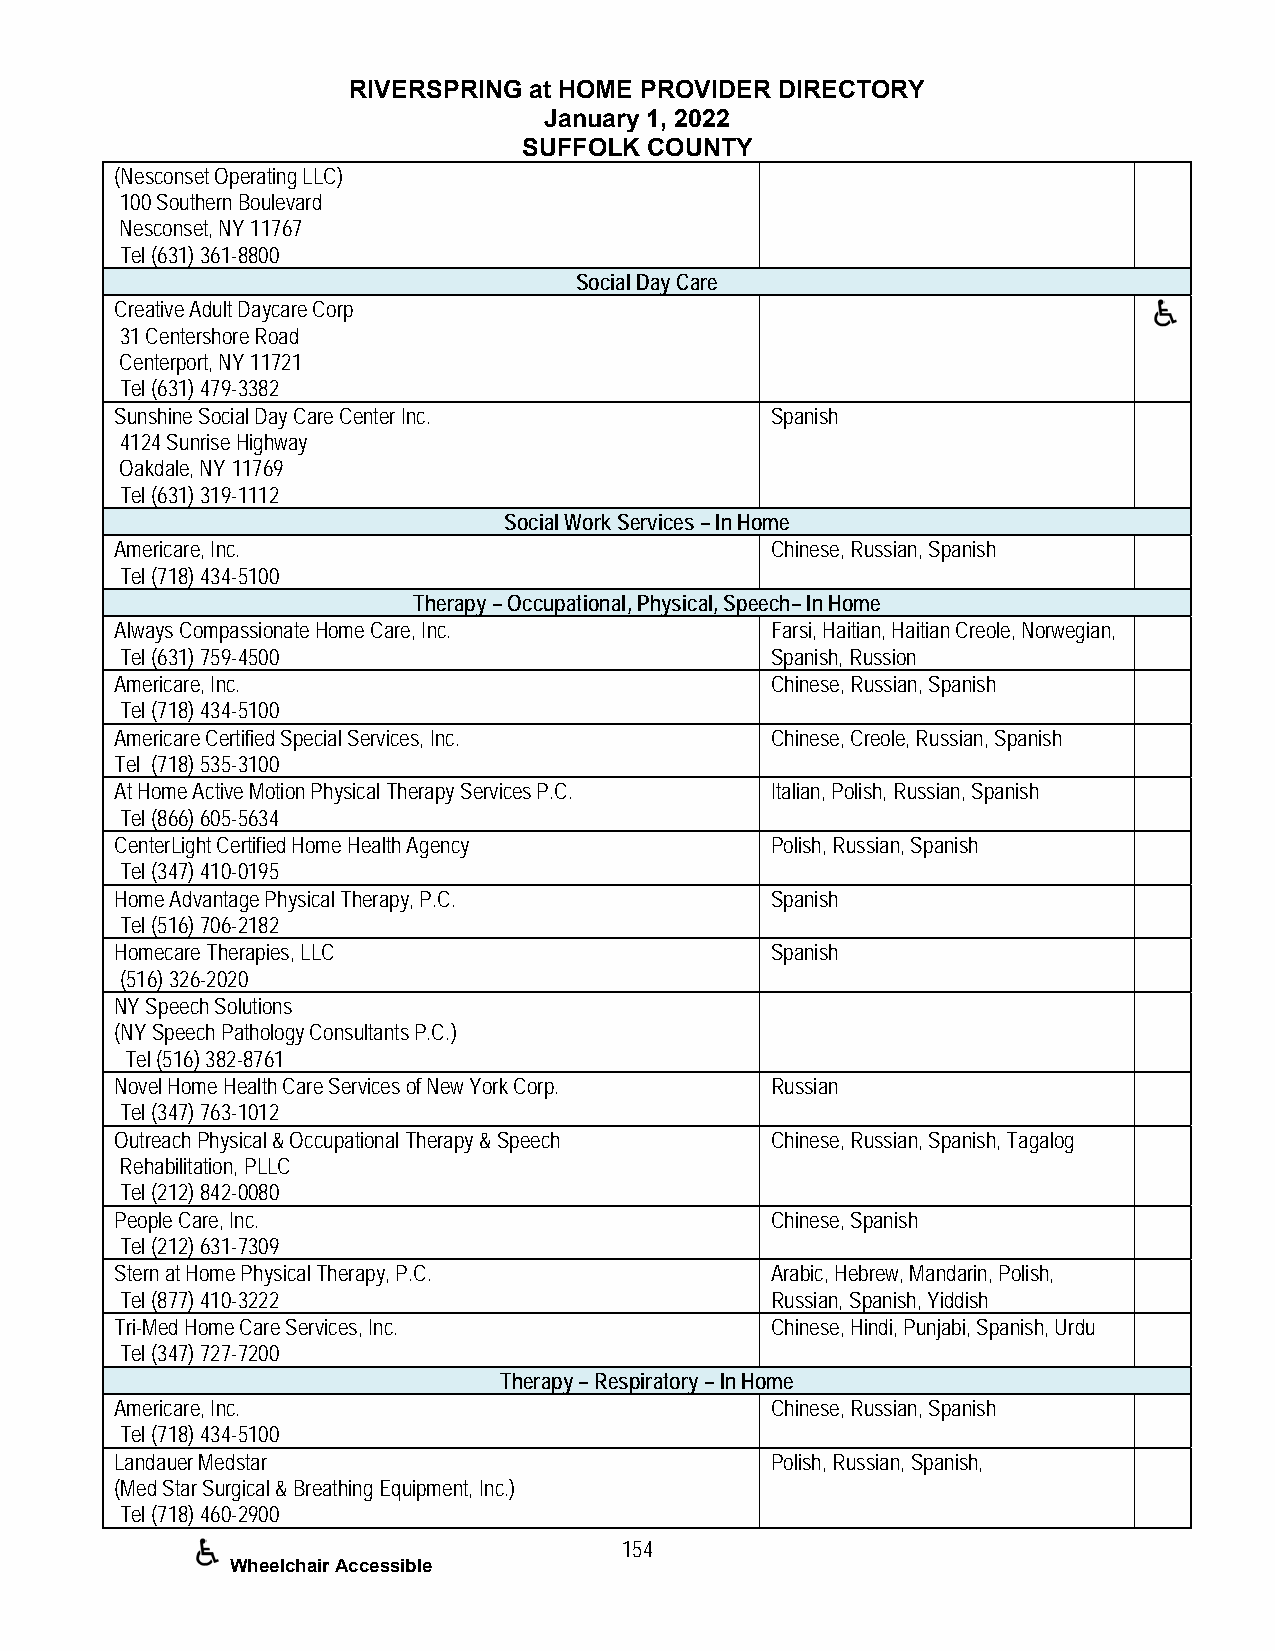
RIVERSPRING at HOME PROVIDER DIRECTORY
 January 1, 2022
 SUFFOLK COUNTY
 (Nesconset Operating LLC)
 100 Southern Boulevard
 Nesconset, NY 11767
 Tel (631) 361-8800
 Social Day Care
 Creative Adult Daycare Corp
 31 Centershore Road
 Centerport, NY 11721
 Tel (631) 479-3382
 Sunshine Social Day Care Center Inc.       Spanish
 4124 Sunrise Highway
 Oakdale, NY 11769
 Tel (631) 319-1112
 Social Work Services – In Home
 Americare, Inc.                            Chinese, Russian, Spanish
 Tel (718) 434-5100
 Therapy – Occupational, Physical, Speech– In Home
 Always Compassionate Home Care, Inc.       Farsi, Haitian, Haitian Creole, Norwegian,
 Tel (631) 759-4500                         Spanish, Russion
 Americare, Inc.                            Chinese, Russian, Spanish
 Tel (718) 434-5100
 Americare Certified Special Services, Inc. Chinese, Creole, Russian, Spanish
 Tel (718) 535-3100
 At Home Active Motion Physical Therapy Services P.C. Italian, Polish, Russian, Spanish
 Tel (866) 605-5634
 CenterLight Certified Home Health Agency   Polish, Russian, Spanish
 Tel (347) 410-0195
 Home Advantage Physical Therapy, P.C.      Spanish
 Tel (516) 706-2182
 Homecare Therapies, LLC                    Spanish
 (516) 326-2020
 NY Speech Solutions
 (NY Speech Pathology Consultants P.C.)
 Tel (516) 382-8761
 Novel Home Health Care Services of New York Corp. Russian
 Tel (347) 763-1012
 Outreach Physical & Occupational Therapy & Speech Chinese, Russian, Spanish, Tagalog
 Rehabilitation, PLLC
 Tel (212) 842-0080
 People Care, Inc.                          Chinese, Spanish
 Tel (212) 631-7309
 Stern at Home Physical Therapy, P.C.       Arabic, Hebrew, Mandarin, Polish,
 Tel (877) 410-3222                         Russian, Spanish, Yiddish
 Tri-Med Home Care Services, Inc.           Chinese, Hindi, Punjabi, Spanish, Urdu
 Tel (347) 727-7200
 Therapy – Respiratory – In Home
 Americare, Inc.                            Chinese, Russian, Spanish
 Tel (718) 434-5100
 Landauer Medstar                           Polish, Russian, Spanish,
 (Med Star Surgical & Breathing Equipment, Inc.)
 Tel (718) 460-2900
 154
 Wheelchair Accessible